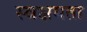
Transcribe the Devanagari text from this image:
स्वक्षमता